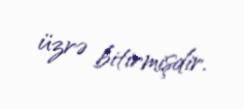
üzrə bitirmişdir.